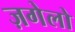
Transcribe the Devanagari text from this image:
ज़गेलो